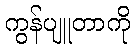
ကွန်ပျူတာကို